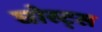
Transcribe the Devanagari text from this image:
घोस्ट्‌स